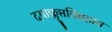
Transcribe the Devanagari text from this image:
दयाक्लृप्तविग्रहाय